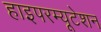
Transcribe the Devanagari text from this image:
हाइपरम्यूटेशन